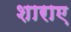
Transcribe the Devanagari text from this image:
शाराए